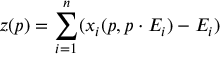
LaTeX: z ( p ) = \sum _ { i = 1 } ^ { n } ( x _ { i } ( p , p \cdot E _ { i } ) - E _ { i } )